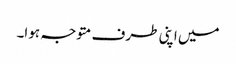
میں اپنی طرف متوجہ ہوا۔